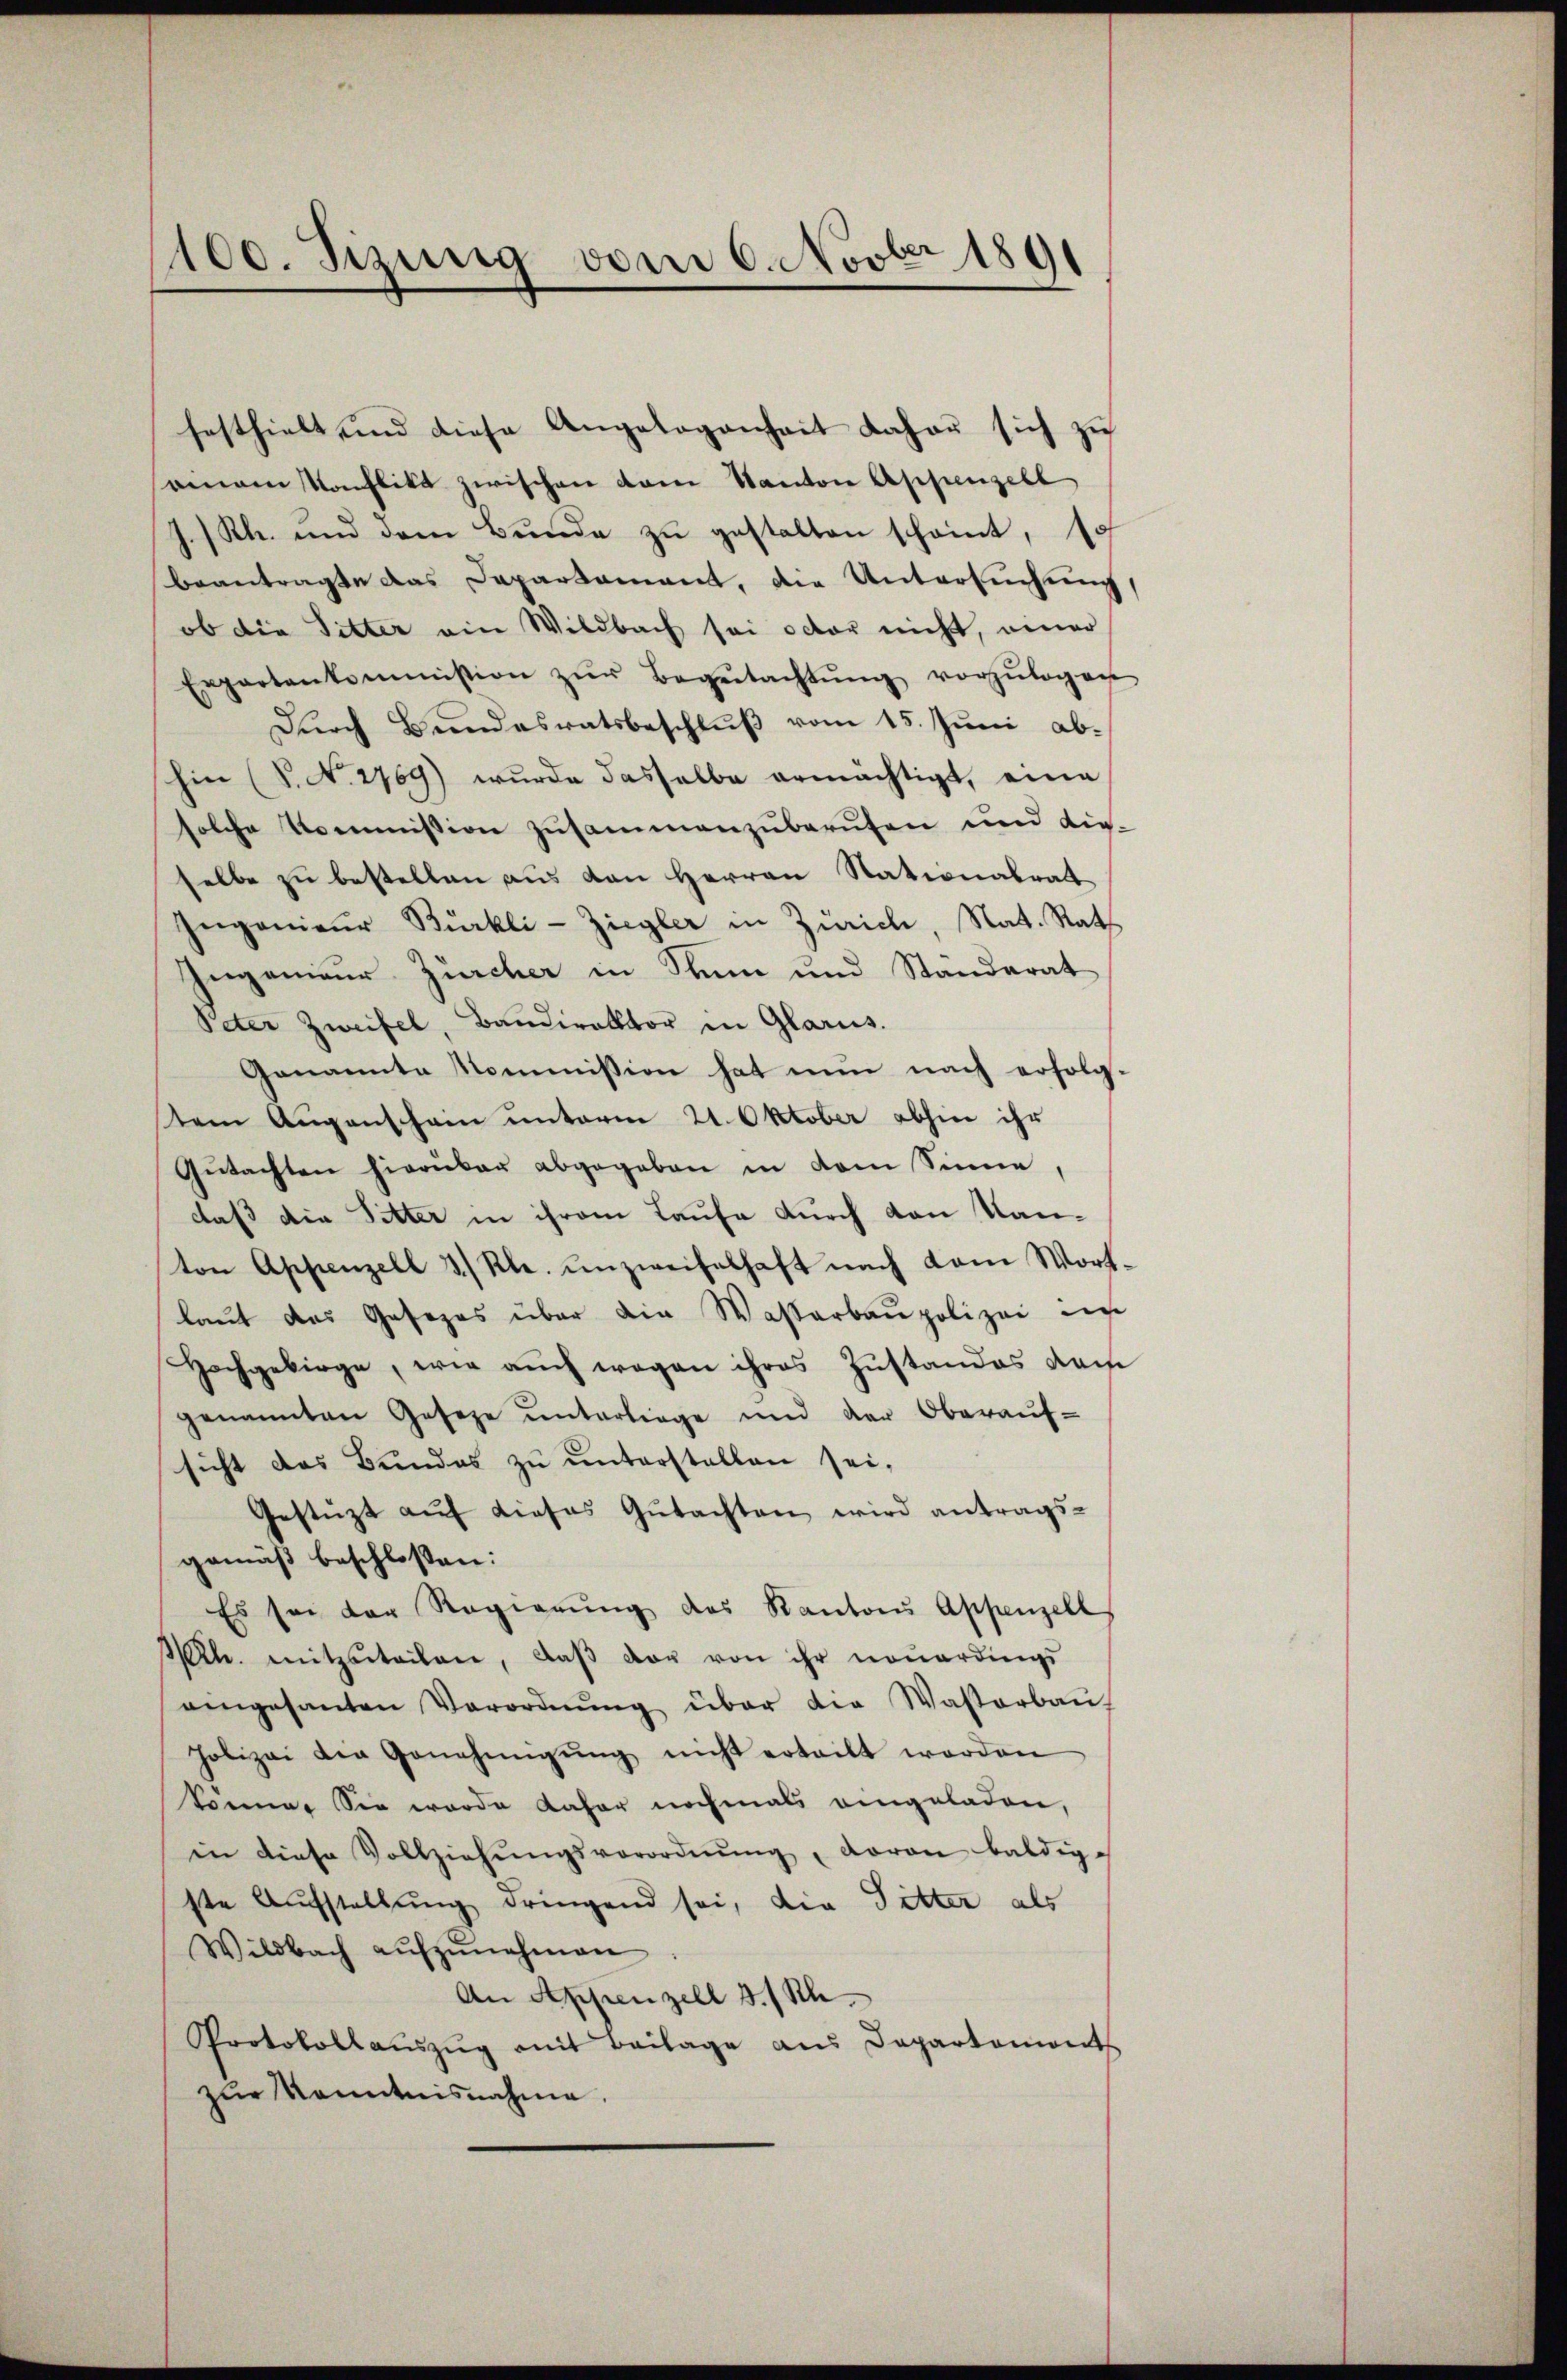
100. Sizung vom 6. Novber 1891

festhielt und diese Angelegenheit daher sich zŭ
samann Konflikt zwischen vom Kanton Appenzell
J.Rh. und dem Bunde zu gestalten scheint, 10
beantragte das Departement, die Untersuchung
ob die Sitter ein Wildbach sei octor nicht, einer
Erpartenkommission zŭr Begŭtachtŭng vorzŭlegen
Durch Bundesratsbeschluß vom 15. Juni abhin (S. N. 2769) wurde dasselbe ermächtigt, eine
solche Kommission zusammenzuberufen und dieselbe zu bestellen aus den Herren Stationalrat
Ingenieŭr Bürkli-Ziegler in Zürich, Nat. Rath
Ingenieur Zürcher in Sinn und Ständerat
Peter Zweifel, Bandirektor in Glarus.
Genannte Kommission hat nun nach erfolg-
tem Augenschein unterm 21. Oktober abhin ihr
Gŭtachten hierüber abgegeben in dem Sinne,
daß die Sitter in ihrem Laufe durch von Kanton Appenzell 3.) Kl. unzweifelhaft nach dem Wort-
laut das Gesezes über die Wasserbaupolizei un
Hochgebirge, wie auch wegen ihres Zustandes dam
genannten Geseze ŭnterliege und der Oberaŭf-
sicht das Bundes zŭ ŭnterstellen sei,
Gestüzt aŭf dieses Gutachten wird antrags-
gemäß beschlossen:
Es sei der Regierŭng des Kantons Appenzell
h. mitzuteilen, daβ der von ihr neuerdings
aingesanten Verordnŭng über die Wasterbau-
polizei die Genehmigŭng nicht erteilt worden
komner Sie wurde daher nochmals eingeladen,
in diese Vollziehŭngsverordnŭng, daran baldig-
ste Aufstellung dringend sei, die Sitter als
Wildbach aŭfzŭnehmen
An Appenzell 3./ Sch
Protokoll aŭszŭg mit Beilage ans Departemonts
zŭr Kenntnisnahme.